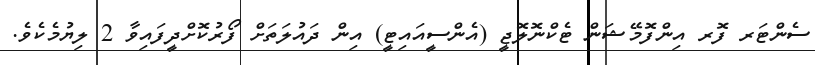
ސެންޓަރ ފޮރ އިންފޮމޭޝަން ޓެކްނޮލޮޖީ (އެންސީއައިޓީ) އިން ދައުލަތަށް ފޯރުކޮށްދީފައިވާ 2 ލިޔުމެކެވެ.